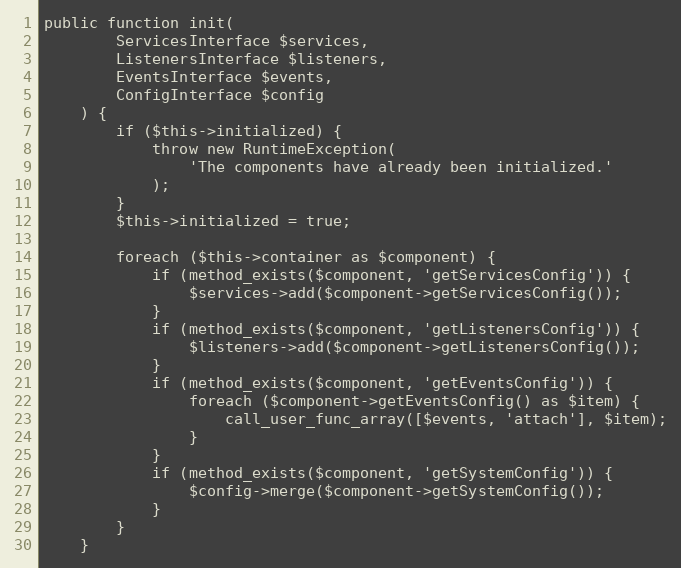
Language: PHP
public function init(
        ServicesInterface $services,
        ListenersInterface $listeners,
        EventsInterface $events,
        ConfigInterface $config
    ) {
        if ($this->initialized) {
            throw new RuntimeException(
                'The components have already been initialized.'
            );
        }
        $this->initialized = true;

        foreach ($this->container as $component) {
            if (method_exists($component, 'getServicesConfig')) {
                $services->add($component->getServicesConfig());
            }
            if (method_exists($component, 'getListenersConfig')) {
                $listeners->add($component->getListenersConfig());
            }
            if (method_exists($component, 'getEventsConfig')) {
                foreach ($component->getEventsConfig() as $item) {
                    call_user_func_array([$events, 'attach'], $item);
                }
            }
            if (method_exists($component, 'getSystemConfig')) {
                $config->merge($component->getSystemConfig());
            }
        }
    }